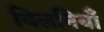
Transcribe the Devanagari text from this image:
बिलनियाँ